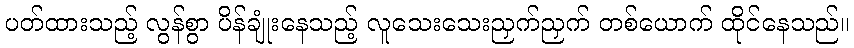
ပတ်ထားသည့် လွန်စွာ ပိန်ချုံးနေသည့် လူသေးသေးညှက်ညှက် တစ်ယောက် ထိုင်နေသည်။